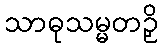
သာဓုသမ္မတဉှိ